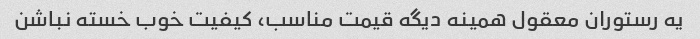
یه رستوران معقول همینه دیگه قیمت مناسب، کیفیت خوب خسته نباشن